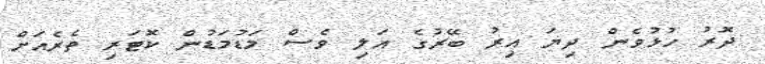
ދޮރު ހުޅުވެން ދިޔަ އިރު ބޭރުގެ އަލި ވެސް މަޑުމަޑުން ކޮޓަރި ތެރެއަށް